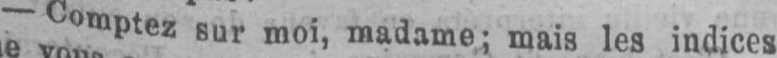
- Comptez sur moi, madame; mais les indices